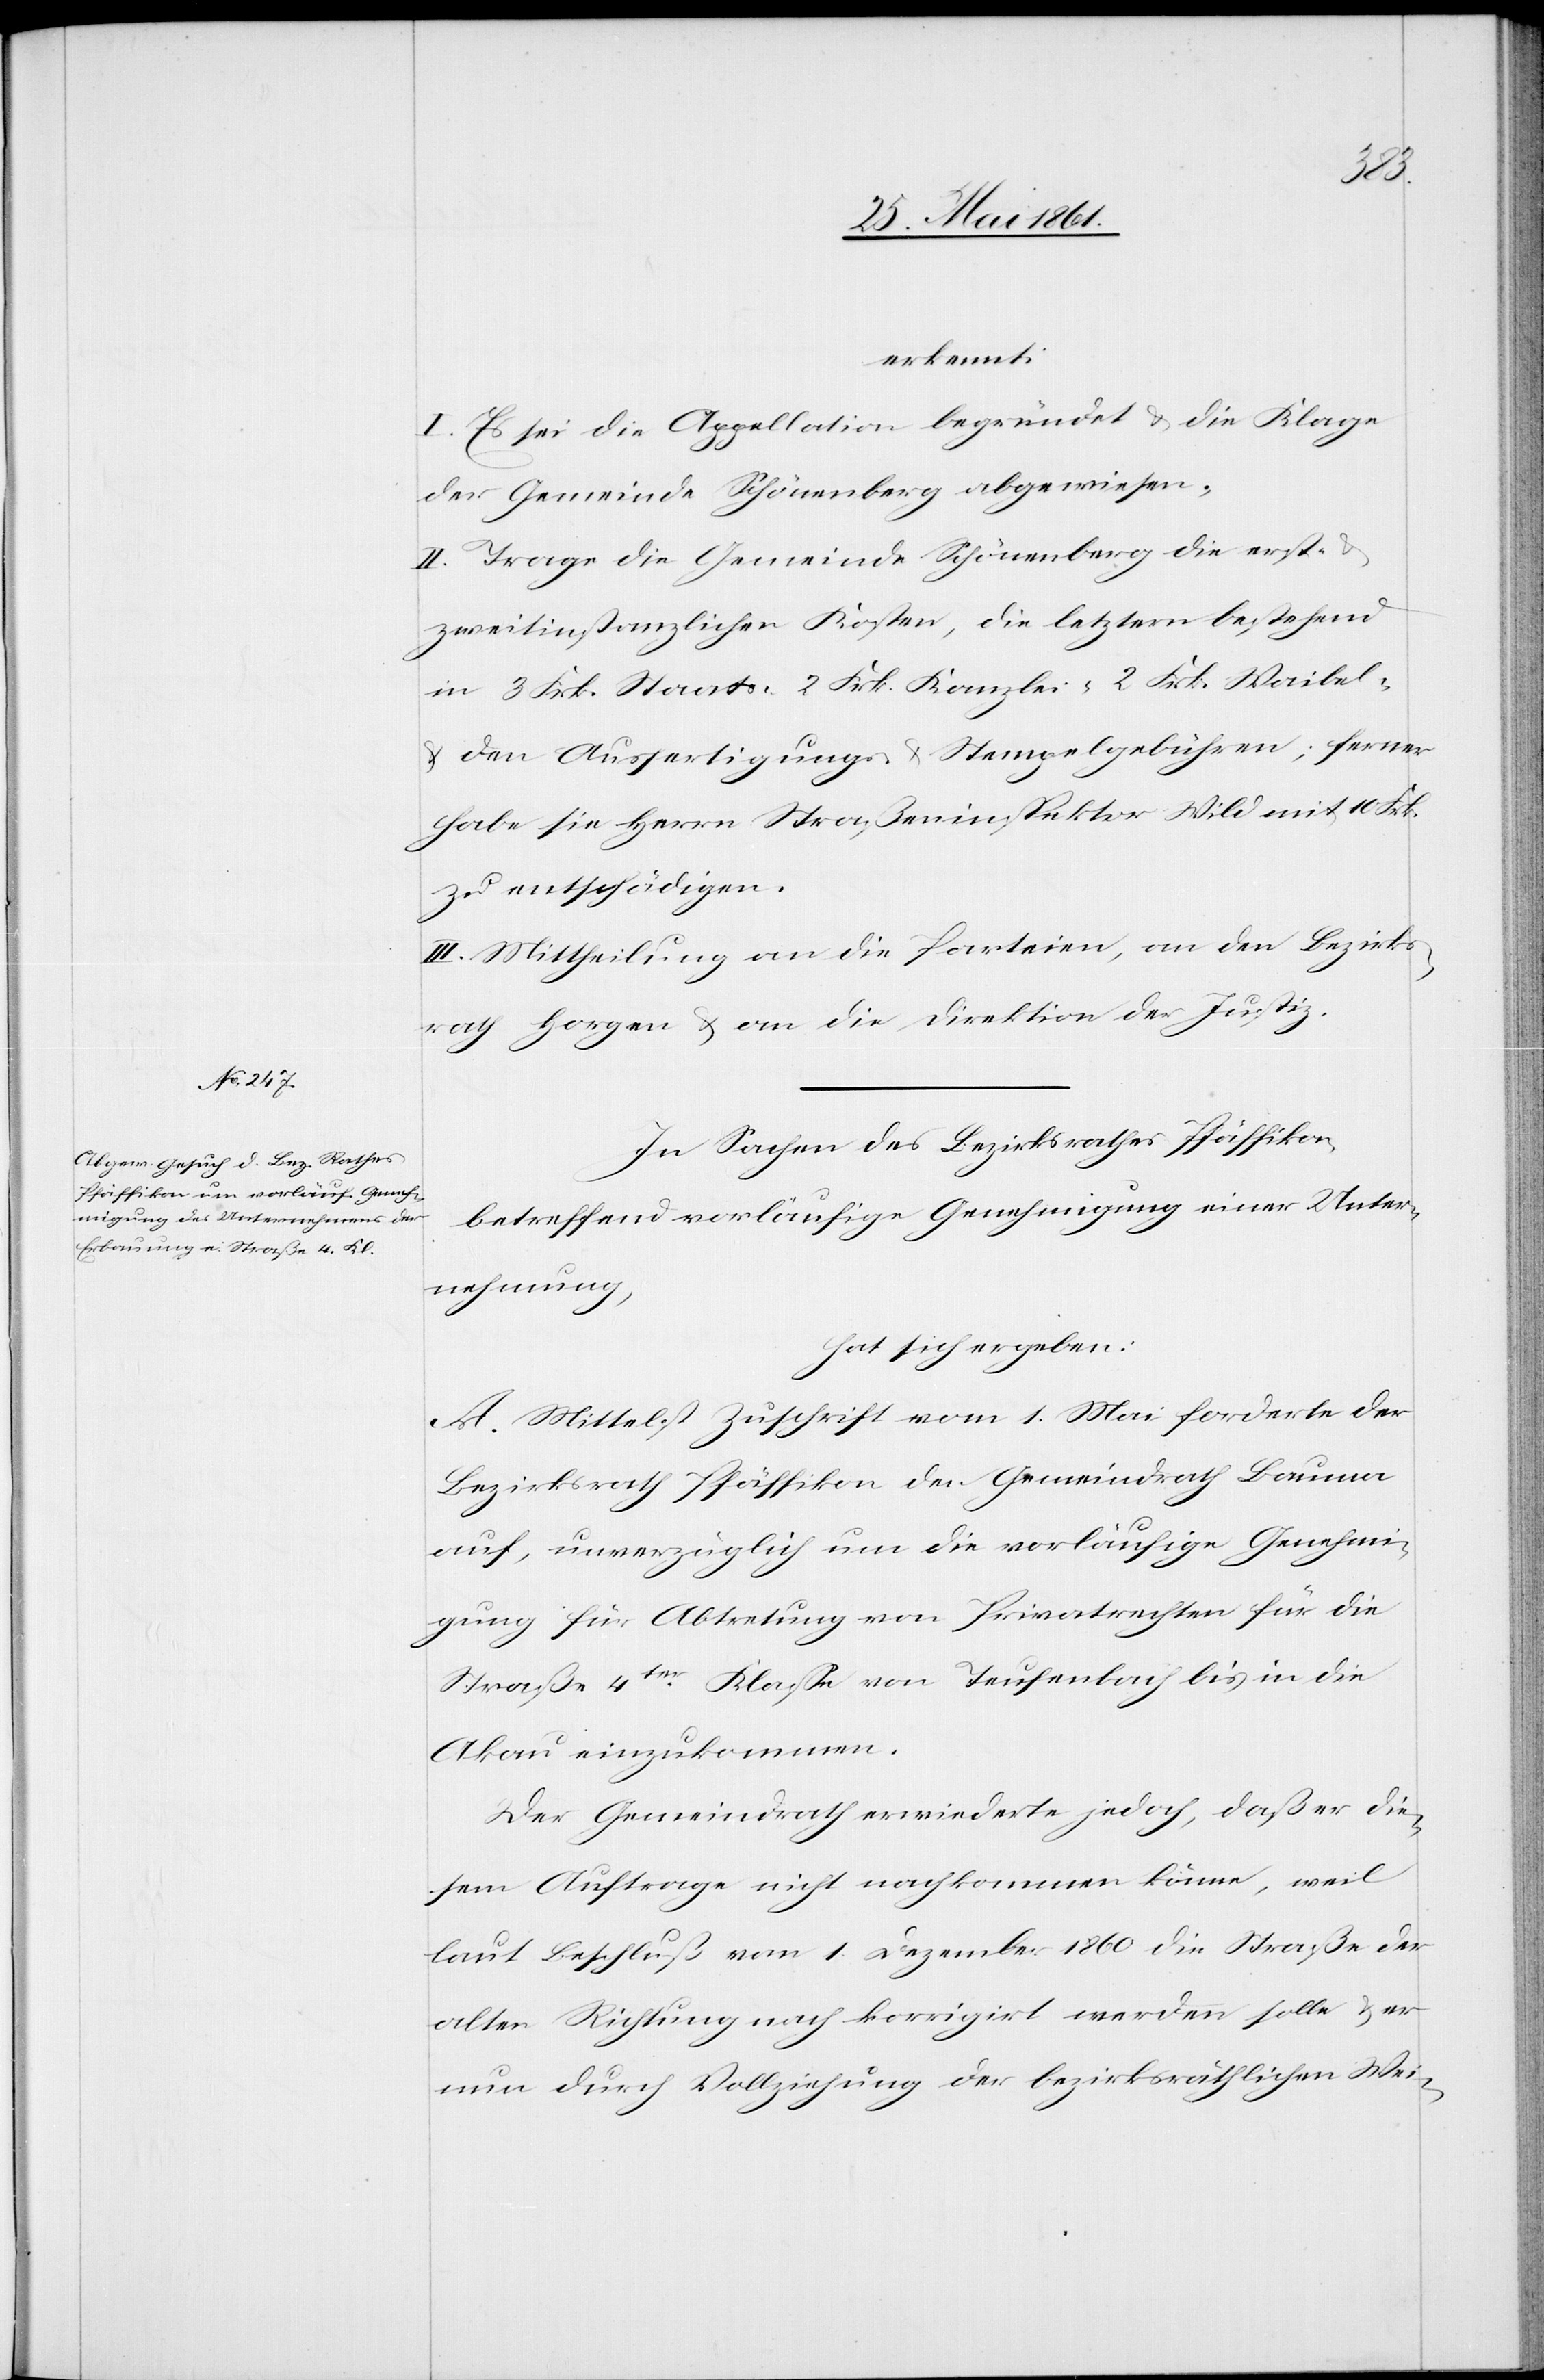
erkennt:
I. Es sei die Appellation begründet u. die Klage
der Gemeinde Schönenberg abgewiesen;
II. Trage die Gemeinde Schönenberg die erst-
zweitinstanzlichen Kosten, die letztern bestehend
in 3 Frk. Staats-[,] 2 Frk. Kanzlei-[,] 2 Frk. Waibel-
u. den Ausfertigungs- u. Stempelgebühren; ferner
habe sie Herrn Straßeninspektor Wild mit 10 Frk.
zu entschädigen.
III. Mittheilung an die Parteien, an den Bezirks¬
rath Horgen u. an die Direktion der Justiz.
In Sachen des Bezirksrathes Pfäffikon,
betreffend vorläufige Genehmigung einer Unter¬
nehmung,
hat sich ergeben:
A. Mittelst Zuschrift vom 1. Mai forderte der
Bezirksrath Pfäffikon den Gemeindrath Bauma
auf, unverzüglich um die vorläufige Genehmi¬
gung für Abtretung von Privatrechten für die
Straße 4ter Klasse von Teufenbach bis in die
Akau einzukommen.
Der Gemeindrath erwiederte jedoch, daß er die¬
sem Auftrage nicht nachkommen könne, weil
laut Beschluß vom 1. Dezember 1860 die Straße der
alten Richtung nach korrigirt werden solle u. er
nun durch Vollziehung der bezirksräthlichen Wei-